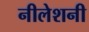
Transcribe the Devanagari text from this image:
नीलेशनी